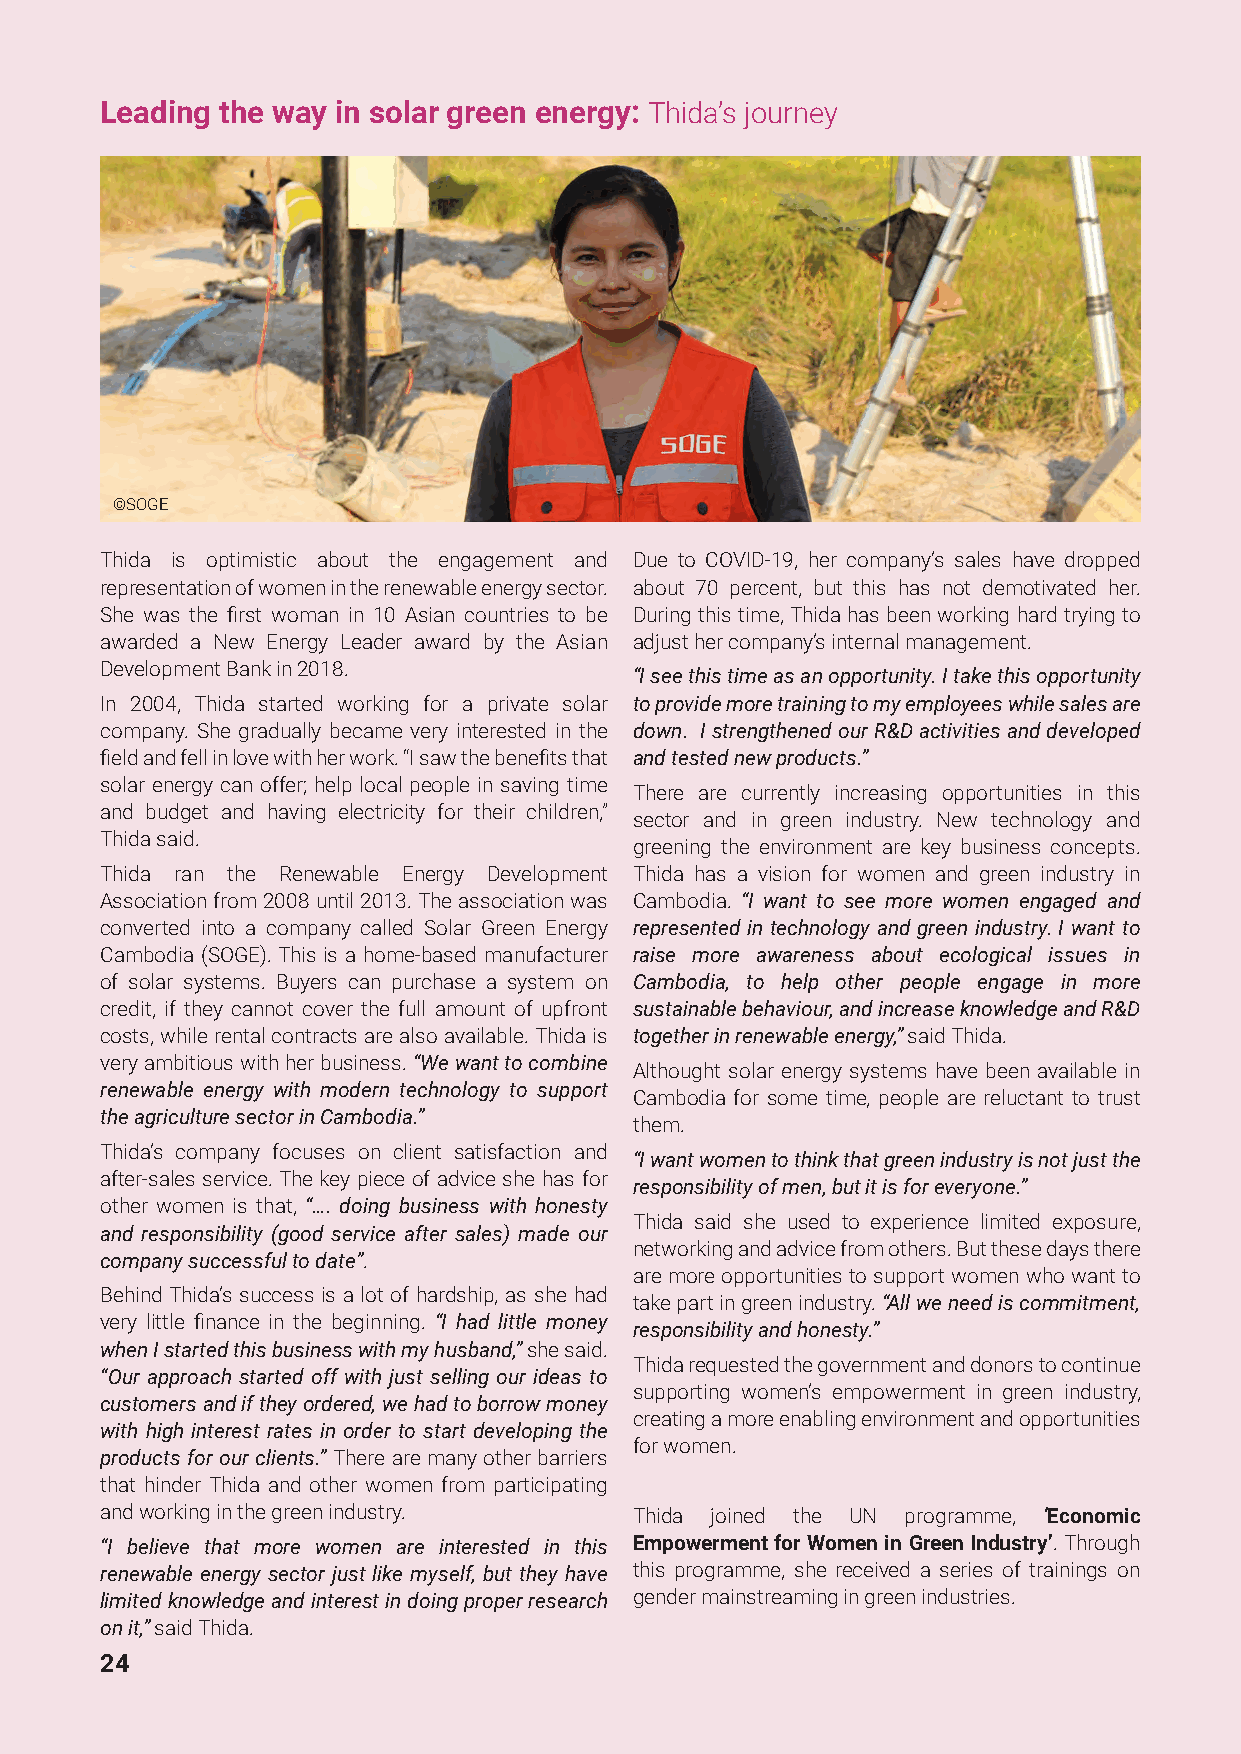
Leading the way in solar green energy: Thida’s journey
 ©SOGE
 Thida is optimistic about the engagement and Due to COVID-19, her company’s sales have dropped
 representation of women in the renewable energy sector. about 70 percent, but this has not demotivated her.
 She was the first woman in 10 Asian countries to be During this time, Thida has been working hard trying to
 awarded a New Energy Leader award by the Asian adjust her company’s internal management.
 Development Bank in 2018.
 “I see this time as an opportunity. I take this opportunity
 In 2004, Thida started working for a private solar to provide more training to my employees while sales are
 company. She gradually became very interested in the down. I strengthened our R&D activities and developed
 field and fell in love with her work. “I saw the benefits that and tested new products.”
 solar energy can offer; help local people in saving time
 There are currently increasing opportunities in this
 and budget and having electricity for their children,”
 sector and in green industry. New technology and
 Thida said.
 greening the environment are key business concepts.
 Thida ran the Renewable Energy Development Thida has a vision for women and green industry in
 Association from 2008 until 2013. The association was Cambodia. “I want to see more women engaged and
 converted into a company called Solar Green Energy represented in technology and green industry. I want to
 Cambodia (SOGE). This is a home-based manufacturer raise more awareness about ecological issues in
 of solar systems. Buyers can purchase a system on Cambodia, to help other people engage in more
 credit, if they cannot cover the full amount of upfront sustainable behaviour, and increase knowledge and R&D
 costs, while rental contracts are also available. Thida is together in renewable energy,” said Thida.
 very ambitious with her business. “We want to combine
 Althought solar energy systems have been available in
 renewable energy with modern technology to support
 Cambodia for some time, people are reluctant to trust
 the agriculture sector in Cambodia.”
 them.
 Thida’s company focuses on client satisfaction and
 “I want women to think that green industry is not just the
 after-sales service. The key piece of advice she has for
 responsibility of men, but it is for everyone.”
 other women is that, “…. doing business with honesty
 Thida said she used to experience limited exposure,
 and responsibility (good service after sales) made our
 networking and advice from others. But these days there
 company successful to date”.
 are more opportunities to support women who want to
 Behind Thida’s success is a lot of hardship, as she had
 take part in green industry. “All we need is commitment,
 very little finance in the beginning. “I had little money
 responsibility and honesty.”
 when I started this business with my husband,” she said.
 Thida requested the government and donors to continue
 “Our approach started off with just selling our ideas to
 supporting women’s empowerment in green industry,
 customers and if they ordered, we had to borrow money
 creating a more enabling environment and opportunities
 with high interest rates in order to start developing the
 for women.
 products for our clients.” There are many other barriers
 that hinder Thida and other women from participating
 and working in the green industry. Thida joined the UN programme, ‘Economic
 “I believe that more women are interested in this Empowerment for Women in Green Industry’. Through
 renewable energy sector just like myself, but they have this programme, she received a series of trainings on
 limited knowledge and interest in doing proper research gender mainstreaming in green industries.
 on it,” said Thida.
 24